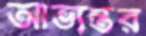
আভ্যন্তর